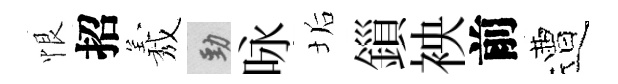
恨招𦏁勁咏垢鎻䘧前遭